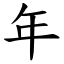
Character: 年